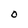
Character: 0